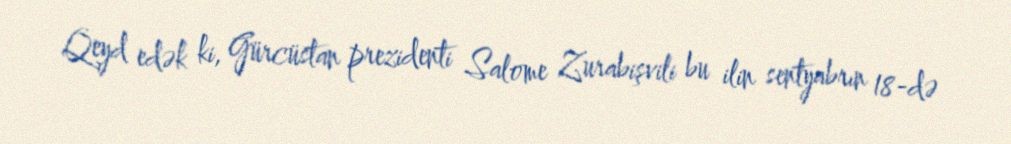
Qeyd edək ki, Gürcüstan prezidenti Salome Zurabişvili bu ilin sentyabrın 18-də